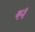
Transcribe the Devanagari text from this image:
क३